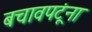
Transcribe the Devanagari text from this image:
बचावपटूंना